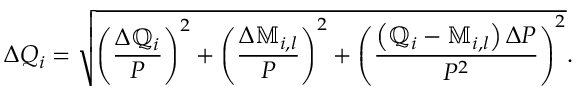
\Delta Q _ { i } = \sqrt { \left( \frac { \Delta \mathbb { Q } _ { i } } { P } \right) ^ { 2 } + \left( \frac { \Delta \mathbb { M } _ { i , l } } { P } \right) ^ { 2 } + \left( \frac { \left( \mathbb { Q } _ { i } - \mathbb { M } _ { i , l } \right) \Delta P } { P ^ { 2 } } \right) ^ { 2 } } .